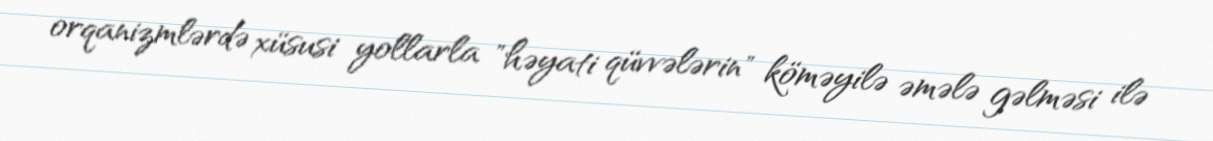
orqanizmlərdə xüsusi yollarla "həyati qüvvələrin" köməyilə əmələ gəlməsi ilə